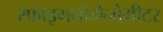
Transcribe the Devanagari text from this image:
स्फाइगनोमैनोमीटर